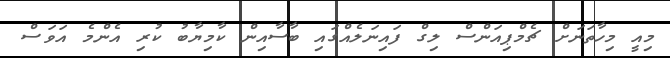
މިއީ މިހާތަނަށް ޗެމްޕިއަންސް ލިގް ފައިނަލެއްގައި ބާސާއިން ކާމިޔާބު ކުރި އެންމެ އަވަސް